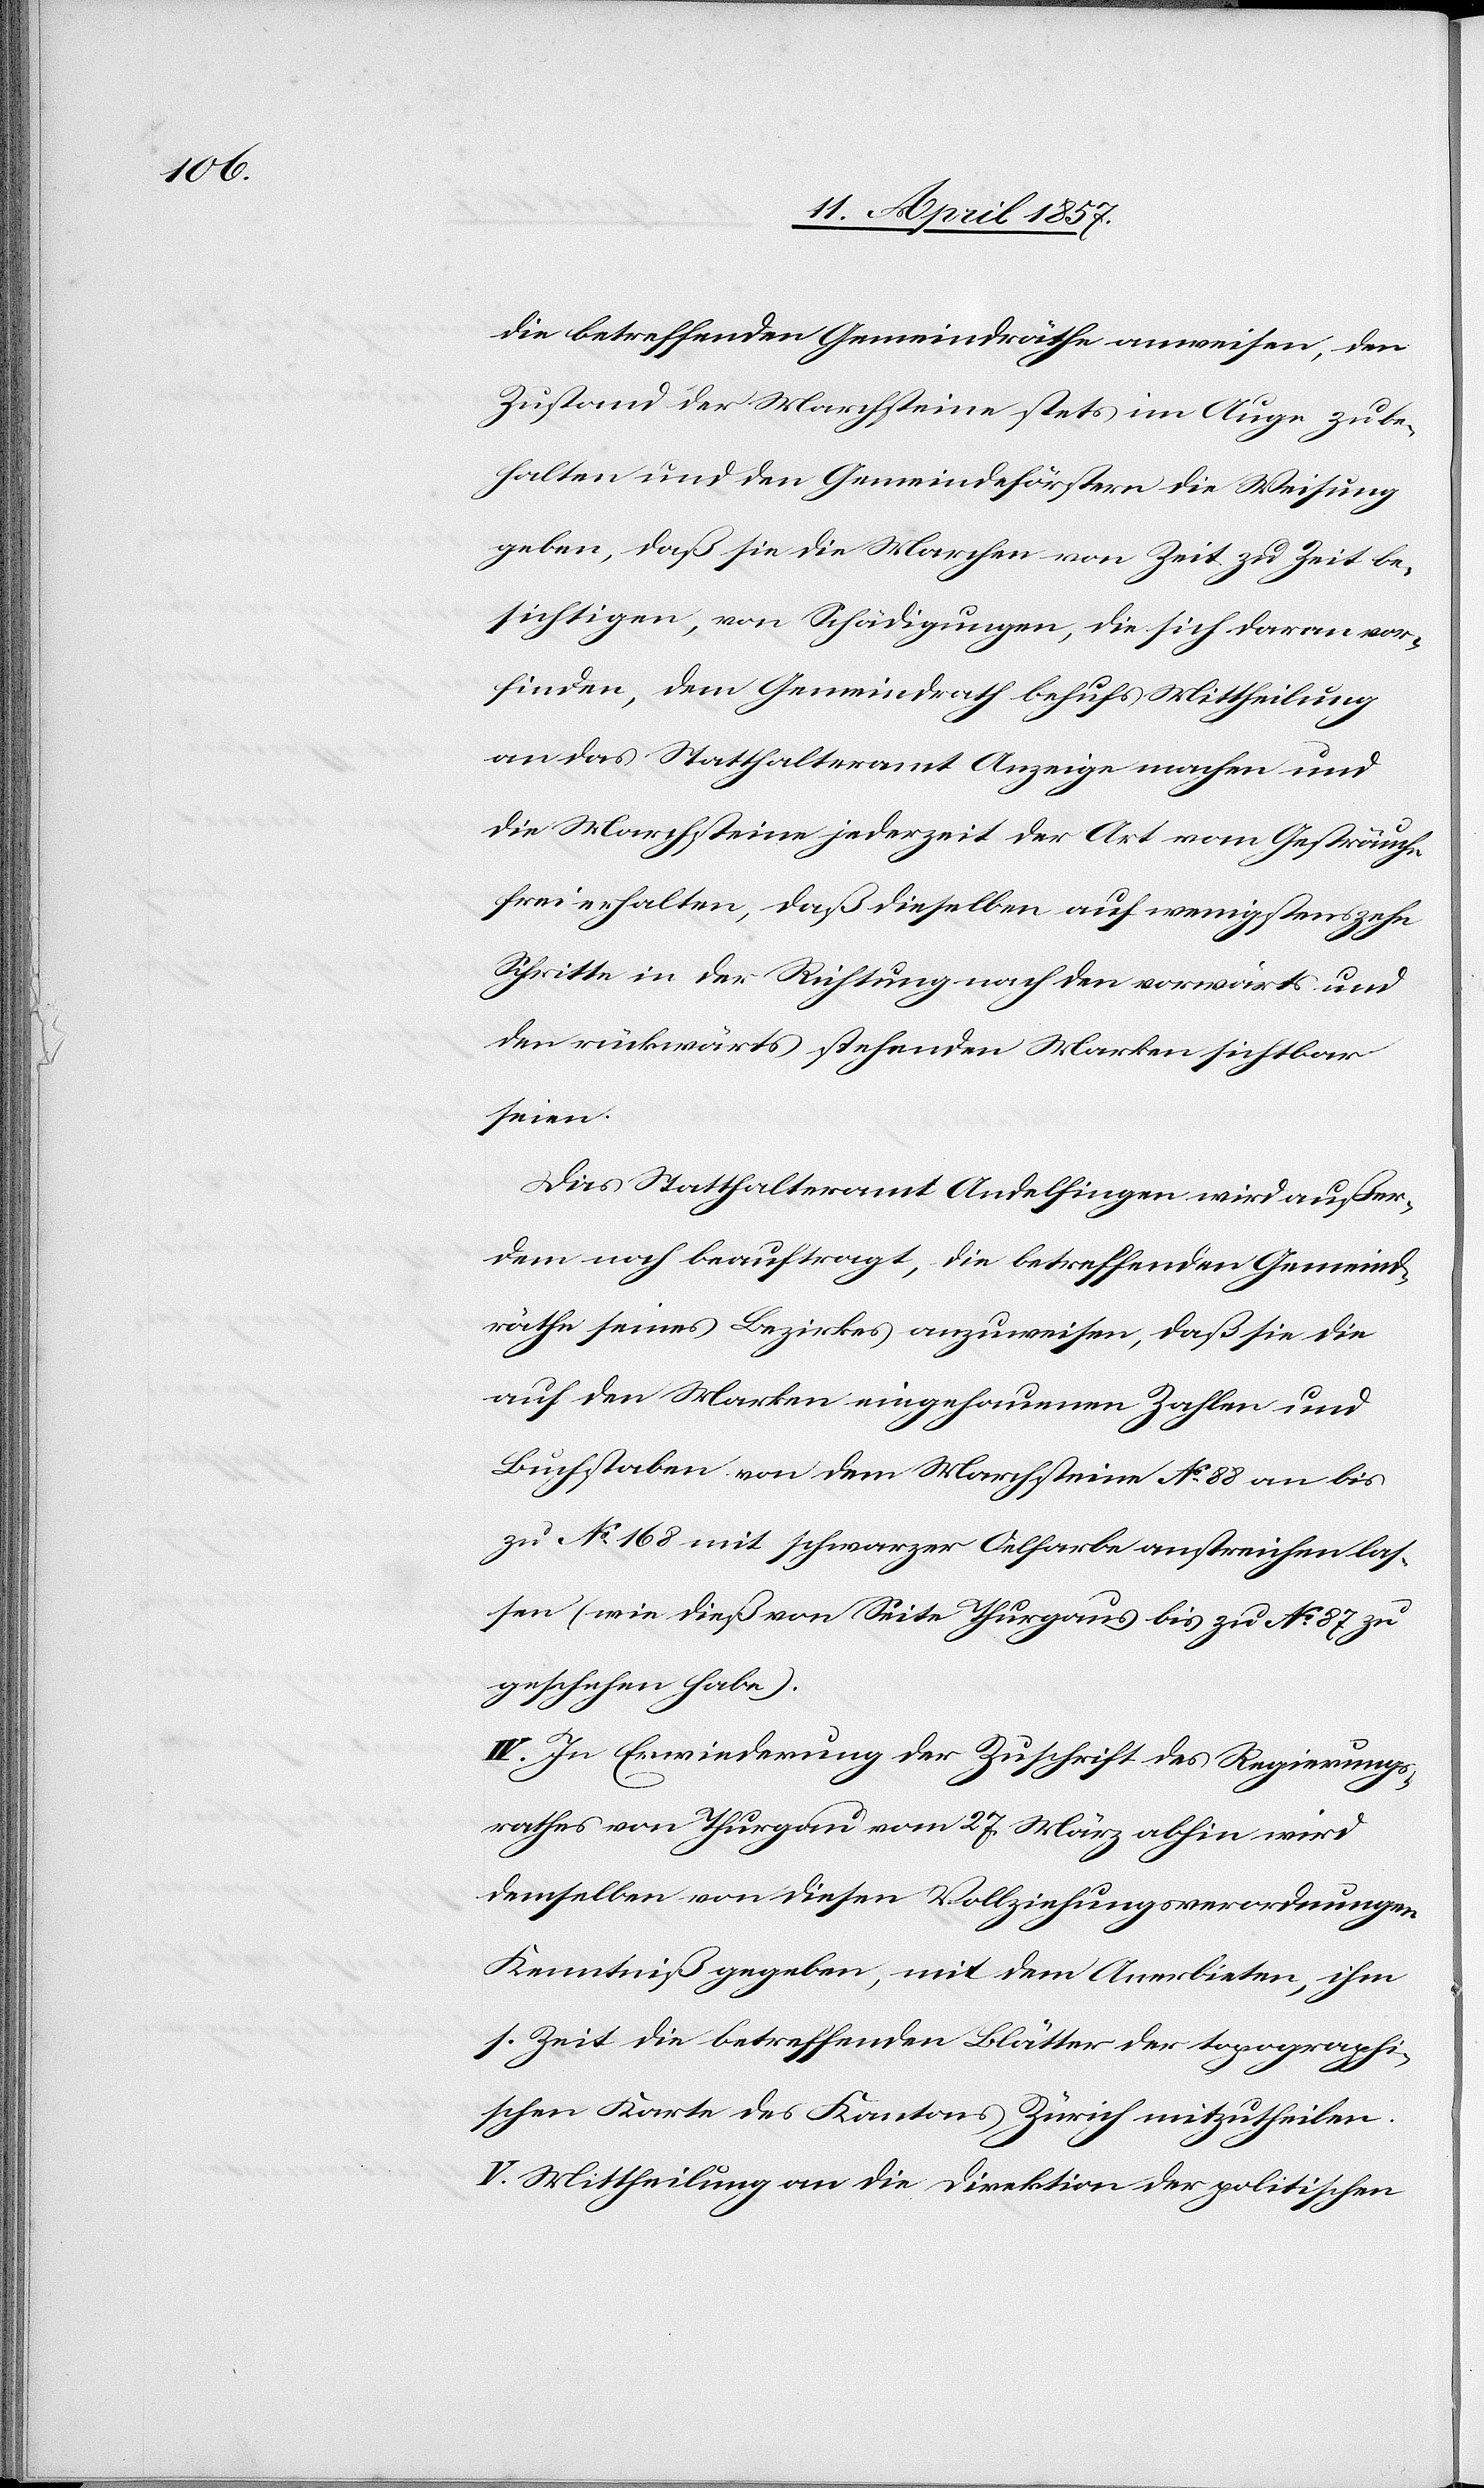
die betreffenden Gemeindräthe anweisen, den
Zustand der Marchsteine stets im Auge zu be¬
halten und den Gemeindeförstern die Weisung
geben, daß sie die Marchen von Zeit zu Zeit be¬
sichtigen, von Schädigungen, die sich daran vor¬
finden, dem Gemeindrath behufs Mittheilung
an das Statthalteramt Anzeige machen und
die Marchsteine jederzeit der Art vom Gesträuche
frei erhalten, daß dieselben auf wenigstens zehn
Schritte in der Richtung nach den vorwärts und
den rückwärts stehenden Marken sichtbar
seien.
Das Statthalteramt Andelfingen wird außer¬
dem noch beauftragt, die betreffenden Gemeind¬
räthe seines Bezirkes anzuweisen, daß sie die
auf den Marken eingehauenen Zahlen und
Buchstaben von dem Marchsteine No 88 an bis
zu No 168 mit schwarzer Oelfarbe anstreichen las¬
sen (wie dieß von Seite Thurgaus bis zu No 87 zu
geschehen habe).
IV. In Erwiederung der Zuschrift des Regierungs¬
rathes von Thurgau vom 27. März abhin wird
demselben von diesen Vollziehungsverordnungen
Kenntniß gegeben, mit dem Anerbieten, ihm
s. Zeit die betreffenden Blätter der topographi¬
schen Karte des Kantons Zürich mitzutheilen.
V. Mittheilung an die Direktion der politischen